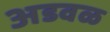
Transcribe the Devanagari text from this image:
अडवळ